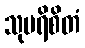
သုပရိစိတံ